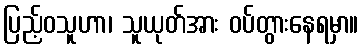
ပြည့်ဝသူဟာ၊ သူယုတ်အား ဝပ်တွားနေရမှာ။